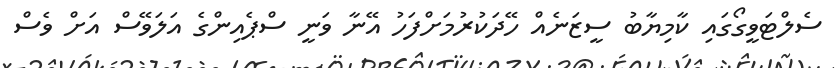
ސެލްޓަވީގޯގައި ކާމިޔާބު ސީޒަނެއް ހޭދަކުރުމަށްފަހު އޭނާ ވަނީ ސްޕެއިންގެ އަލަވޭސް އަށް ވެސް